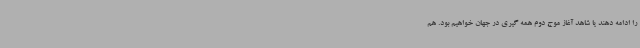
را ادامه دهند یا شاهد آغاز موج دوم همه گیری در جهان خواهیم بود. هم